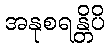
အနုစရန္တိပိ